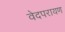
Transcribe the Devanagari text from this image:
वेदपरायण